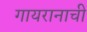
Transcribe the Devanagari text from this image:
गायरानाची